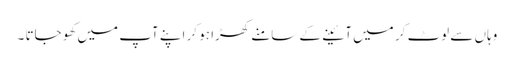
وہاں سے لوٹ کر میں آئینے کے سامنے کھڑا ہو کر اپنے آپ میں کھو جاتا ۔